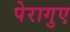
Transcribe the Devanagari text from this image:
पेरागुए